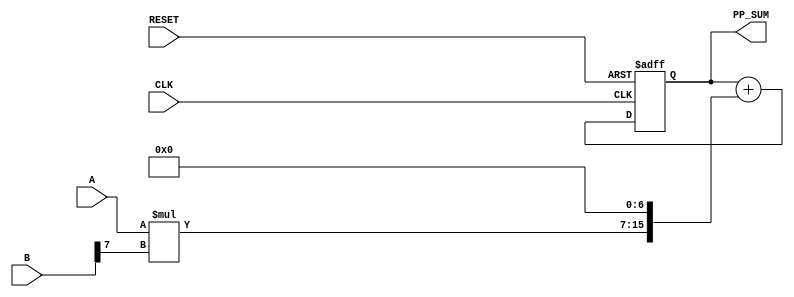
module PartialProductAccumulator #(parameter A_WIDTH = 8, B_WIDTH = 8) (
    input wire [A_WIDTH-1:0] A,     // First multiplicand
    input wire [B_WIDTH-1:0] B,     // Second multiplicand
    input wire CLK,                  // Clock signal
    input wire RESET,                // Active-high reset signal
    output reg [A_WIDTH + B_WIDTH - 1:0] PP_SUM // Accumulated sum of partial products
);

  // Intermediate signals for partial product storage
  reg [A_WIDTH + B_WIDTH - 1:0] partial_products [0:B_WIDTH-1];

  // Generate partial products
  integer i;
  always @* begin
    for (i = 0; i < B_WIDTH; i = i + 1) begin
      partial_products[i] = A * B[i]; // Generating the i-th partial product
      // Shift the partial product according to its position
      partial_products[i] = partial_products[i] << i; 
    end
  end

  // Accumulation of partial products on the rising edge of the clock
  always @(posedge CLK or posedge RESET) begin
    if (RESET) begin
      PP_SUM <= 0;  // Reset the accumulator
    end else begin
      PP_SUM <= 0;  // Initialize the sum for accumulation
      for (i = 0; i < B_WIDTH; i = i + 1) begin
        PP_SUM <= PP_SUM + partial_products[i]; // Accumulate partial products
      end
    end
  end

endmodule